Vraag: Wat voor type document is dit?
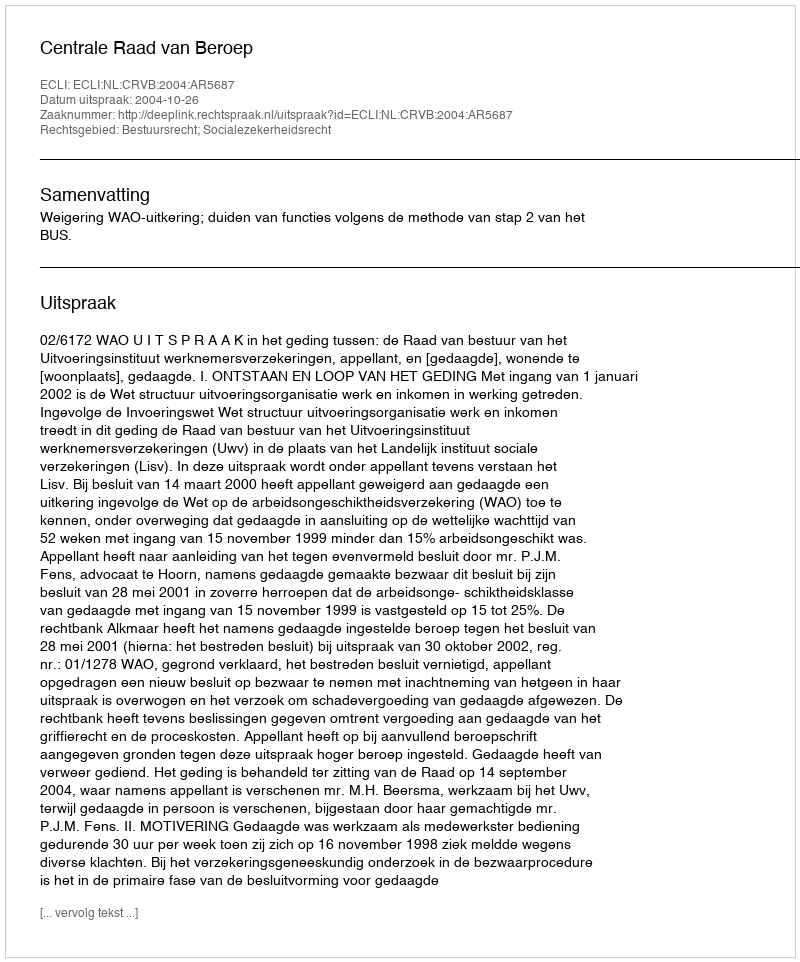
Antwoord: Uitspraak